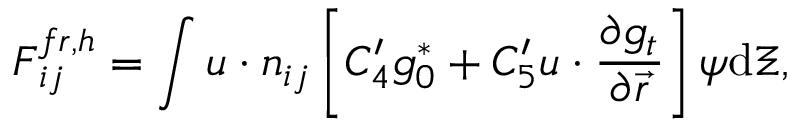
\boldsymbol { F } _ { i j } ^ { f r , h } = \int \boldsymbol { u } \cdot \boldsymbol { n } _ { i j } \left[ C _ { 4 } ^ { \prime } g _ { 0 } ^ { \ast } + C _ { 5 } ^ { \prime } \boldsymbol { u } \cdot \frac { \partial g _ { t } } { \partial \vec { r } } \right] \boldsymbol { \psi } \mathrm { { d } } \boldsymbol { \Xi } ,